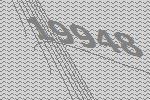
19948